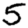
Digit: 5